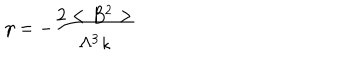
\gamma = - \frac { 2 < B ^ { 2 } > } { \Lambda ^ { 3 } \kappa }